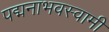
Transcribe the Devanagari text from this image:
पद्मनाभवस्वामी